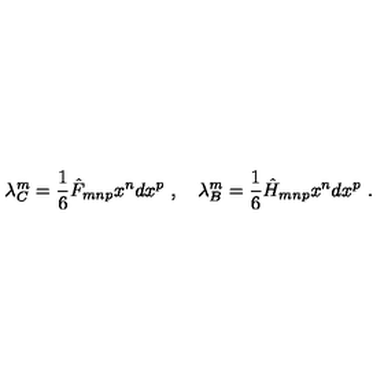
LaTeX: \lambda _ { C } ^ { m } = \frac { 1 } { 6 } \hat { F } _ { m n p } x ^ { n } d x ^ { p } \ , \quad \lambda _ { B } ^ { m } = \frac { 1 } { 6 } \hat { H } _ { m n p } x ^ { n } d x ^ { p } \ .